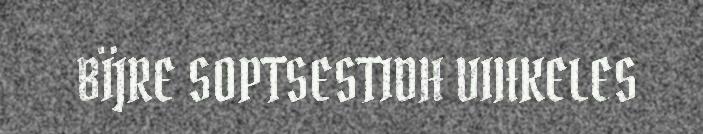
BÏJRE SOPTSESTIDH VIHKELES